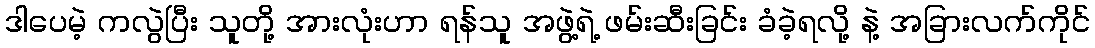
ဒါပေမဲ့ ကလွဲပြီး သူတို့ အားလုံးဟာ ရန်သူ အဖွဲ့ရဲ့ ဖမ်းဆီးခြင်း ခံခဲ့ရလို့ နဲ့ အခြားလက်ကိုင်